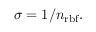
\sigma = 1 / n _ { \mathrm { r b f } } .